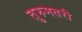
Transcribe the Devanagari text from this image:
तुरुमतरी